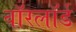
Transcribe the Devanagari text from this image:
वॉरलॉर्ड